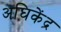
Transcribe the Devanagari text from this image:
अघिकेंद्र